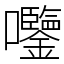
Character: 𫭀